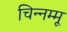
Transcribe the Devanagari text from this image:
चिन्‍नम्‍मू